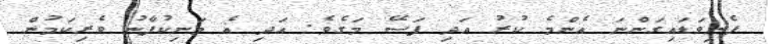
ފެނިވަޑައިގަންނަ އެންމެ ކުރު އަދި ފަސޭ މަގެވެ. އަދި އެ މަނިކުފާނު ވެރިކަމުން